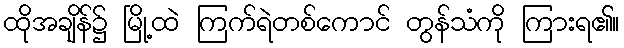
ထိုအချိန်၌ မြို့ထဲ ကြက်ရဲတစ်ကောင် တွန်သံကို ကြားရ၏။